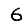
Digit: 6